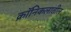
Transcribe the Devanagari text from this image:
क्रॉनिकलातील